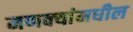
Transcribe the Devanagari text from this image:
मणक्‍यांमधील